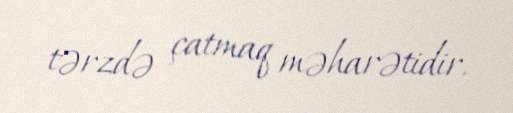
tərzdə çatmaq məharətidir.